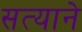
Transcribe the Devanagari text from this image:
सत्याने